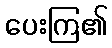
ပေးကြ၏